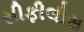
સીફીલીસ